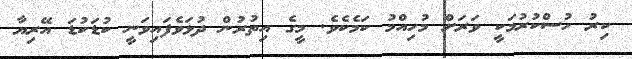
ކިރު ހުސްކުރުމަކީ ވަރަށް މުހިއްމު ކަމެކެވެ. މީގެ އިތުރުން ދުޅަވެފައިވަނީ ކުޑަކުޑަ އޭރިޔާ